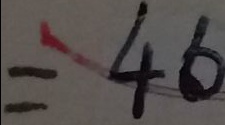
= 4 6